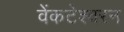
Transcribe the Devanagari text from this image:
वेंकटेश्वरन